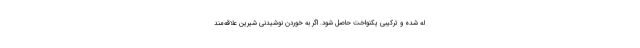
له شده و ترکیبی یکنواخت حاصل شود. اگر به خوردن نوشیدنی شیرین علاقه‌مند